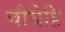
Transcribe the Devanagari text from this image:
चौघेहि